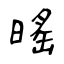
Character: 暚